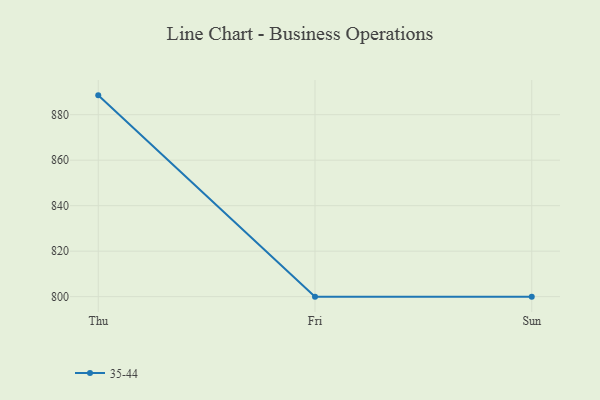
{"axis": {"x": "Day", "y": "Budget (USD K)"}, "legend": ["35-44"], "data": [{"x": "Thu", "y": 888.5, "type": "35-44"}, {"x": "Fri", "y": 800, "type": "35-44"}, {"x": "Sun", "y": 800, "type": "35-44"}]}